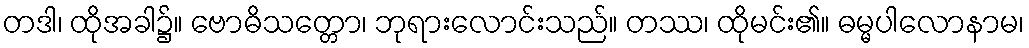
တဒါ၊ ထိုအခါ၌။ ဗောဓိသတ္တော၊ ဘုရားလောင်းသည်။ တဿ၊ ထိုမင်း၏။ ဓမ္မပါလောနာမ၊